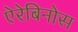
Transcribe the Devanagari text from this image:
ऐरेबिनोस